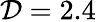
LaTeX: \mathcal{D}=2.4